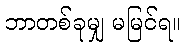
ဘာတစ်ခုမျှ မမြင်ရ။